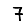
Digit: 7